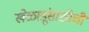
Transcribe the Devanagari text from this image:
खेळाडूंसाठीची